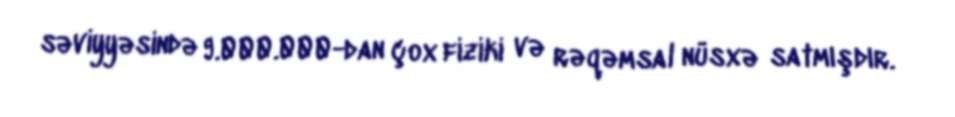
səviyyəsində 9.000.000-dan çox fiziki və rəqəmsal nüsxə satmışdır.